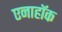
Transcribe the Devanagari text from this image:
एनाहॉक